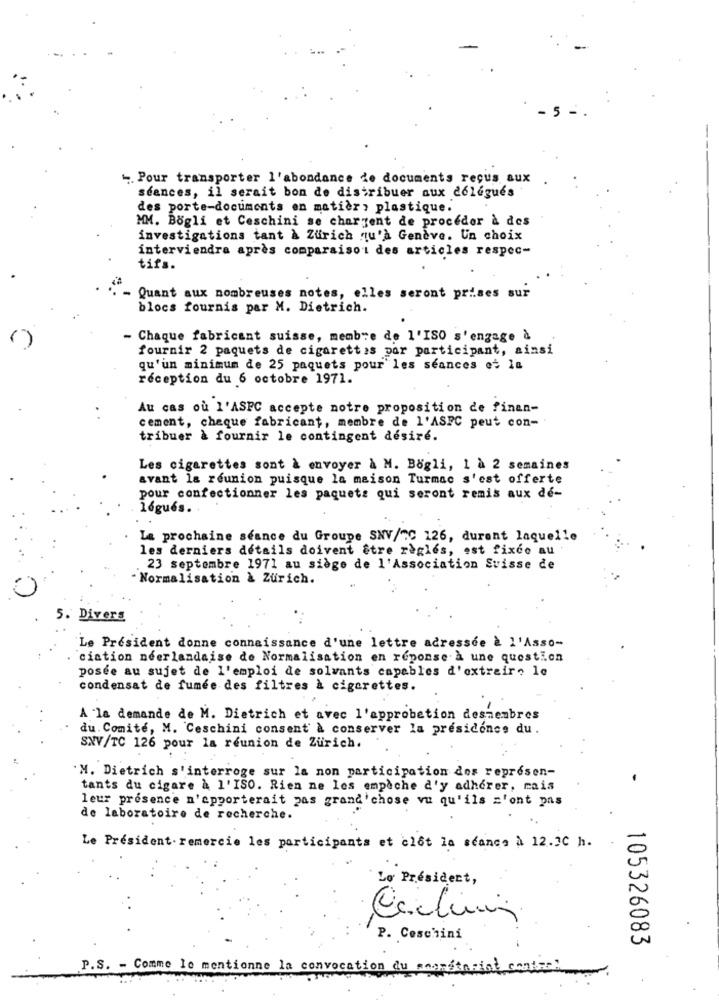
5
-. Pour transporter l'abondance de documents reçus aux
séances, il serait bon de distribuer aux délégués
des porte-documents on matier , plastique.
MM. Bogli et Ceschini se chargent de procéder à des
investigations tant & Zurich qu'à Geneve. Un choix
interviendra après comparaison des articles respec-
tifs.
- Quant aux nombreuses notes, elles seront prises sur
blocs fournis par M. Dietrich.
- Chaque fabricant suisse, membre de l'ISO s'engage à
fournir 2 paquets de cigarettes par participant, ainsi
qu'un minimum de 25 paquets pour les seances et la
réception du 6 octobre 1971.
Au cas où l'ASPC accepte notre proposition de finan-
cement, cheque fabricant, membre de l'ASPC peut con- "
tribuer à fournir le contingent désiré.
Les cigarettes sont à envoyer & M. Bogli, 1 à 2 semaines
avant la reunion puisque la maison Turmac s'est offerte
pour confectionner les paquets qui seront remis aux dé-
légués.
La prochaine séance du Groupe SNV/nC 126, durant laquelle
les derniers details doivent être règles, est fixco au
23 septembre 1971 au siège de l'Association Suisse de
- Normalisation & Zurich.
5. Divers
"Le President donne connaissance d'une lettre adressee è l'Asso-
ciation néerlandaise de Normalisation en réponse à une question
posée au sujet de l'emploi de solvants capables d'extraire le
condensat de fumée des filtres à cigarettes.
A la demande de M. Dietrich et avec l'approbation desmembres
du. Comité, M. Ceschini consent à conserver la présidence du .
SXV/TC 126 pour la reunion de Zurich.
M. Dietrich s'interroge sur la non participation des represen-
-
tants du cigare à l'ISO. Rien ne les empèche d'y adhérer, mais
leur presence n'apporterait zas grand'chose vu qu'ils z'ont pas
de laboratoire de recherche.
Le Président remercie les participants et clot la séance à 12.IC h.
Lo President,
Caching
P. Ceschini
105326083
P.S. - Comme le mentionne la convocation du